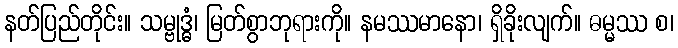
နတ်ပြည်တိုင်း။ သမ္ဗုဒ္ဓံ၊ မြတ်စွာဘုရားကို။ နမဿမာနော၊ ရှိခိုးလျက်။ ဓမ္မဿ စ၊